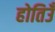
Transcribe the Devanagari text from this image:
होतिउँ